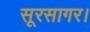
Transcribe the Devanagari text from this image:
सूरसागर।